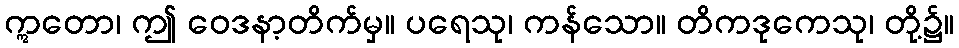
ဣတော၊ ဤ ဝေဒနာ့တိက်မှ။ ပရေသု၊ ကန်သော။ တိကဒုကေသု၊ တို့၌။